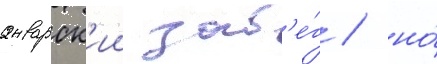
январск'ии заб'е́г / но́